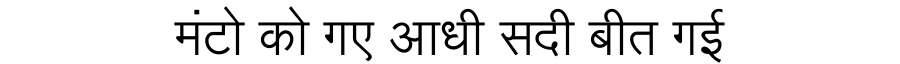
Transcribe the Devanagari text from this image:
मंटो को गए आधी सदी बीत गई